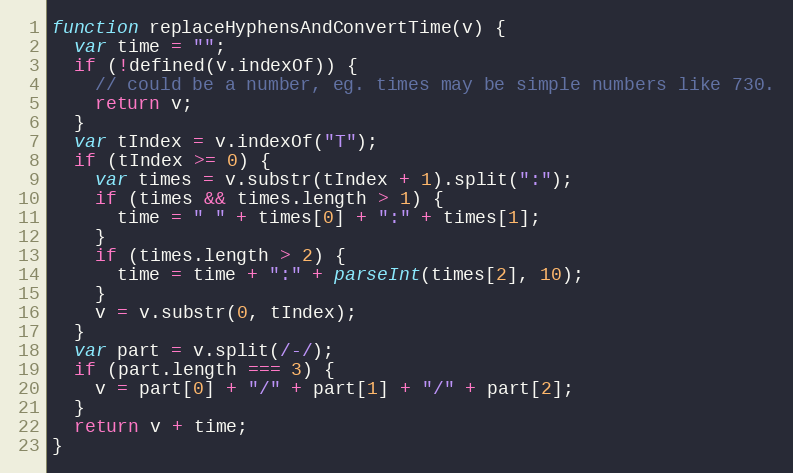
Language: JavaScript
function replaceHyphensAndConvertTime(v) {
  var time = "";
  if (!defined(v.indexOf)) {
    // could be a number, eg. times may be simple numbers like 730.
    return v;
  }
  var tIndex = v.indexOf("T");
  if (tIndex >= 0) {
    var times = v.substr(tIndex + 1).split(":");
    if (times && times.length > 1) {
      time = " " + times[0] + ":" + times[1];
    }
    if (times.length > 2) {
      time = time + ":" + parseInt(times[2], 10);
    }
    v = v.substr(0, tIndex);
  }
  var part = v.split(/-/);
  if (part.length === 3) {
    v = part[0] + "/" + part[1] + "/" + part[2];
  }
  return v + time;
}